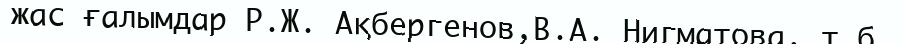
жас ғалымдар Р.Ж. Ақбергенов,В.А. Нигматова, т.б.